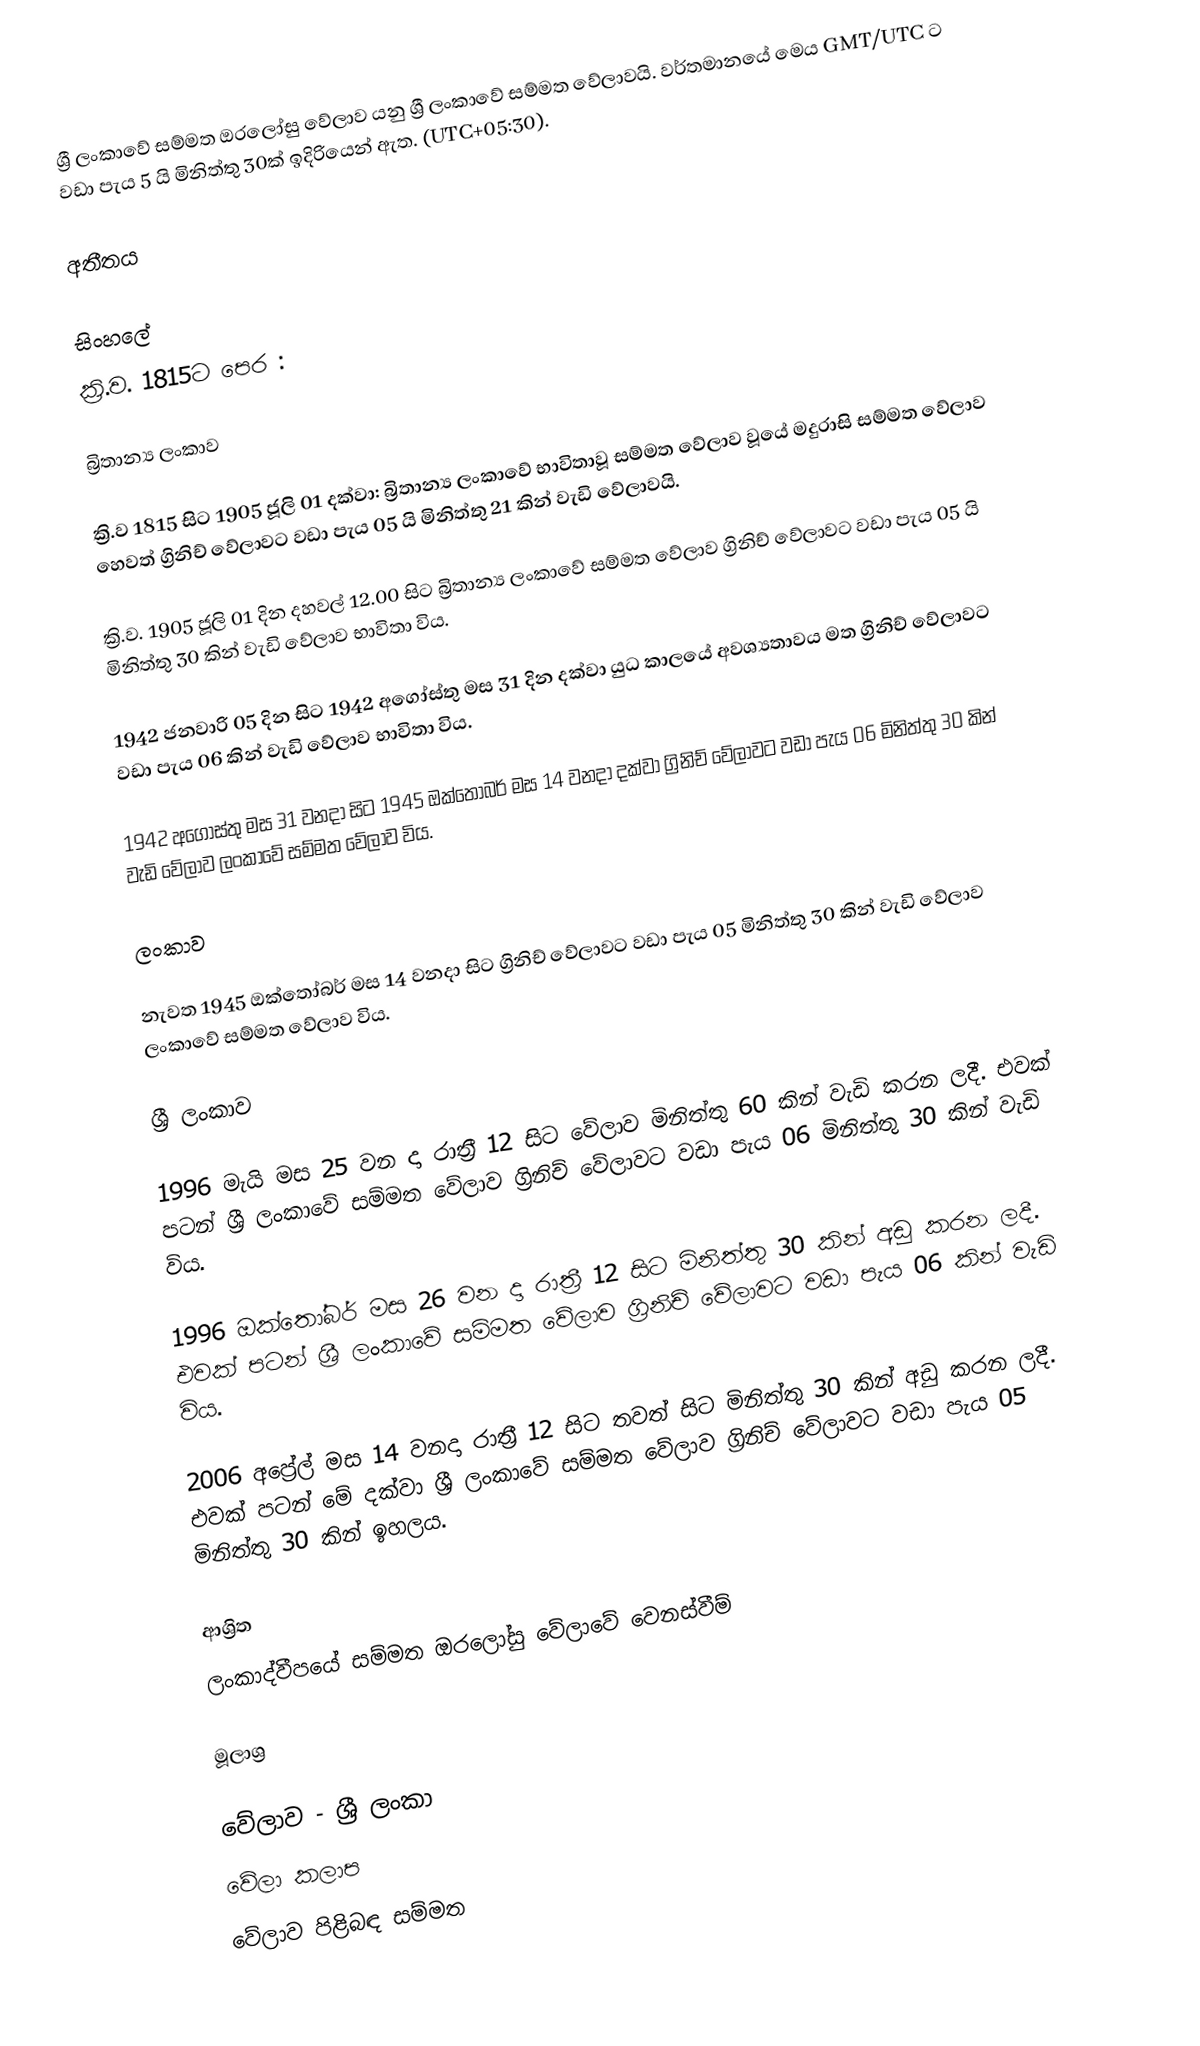
ශ්‍රී ලංකාවේ සම්මත ඔරලෝසු වේලාව යනු  ශ්‍රී ලංකාවේ සම්මත වේලාවයි. වර්තමානයේ මෙය GMT/UTC ට වඩා පැය 5 යි මිනිත්තු 30ක් ඉදිරියෙන් ඇත. (UTC+05:30).

අතීතය

සිංහලේ
 ක්‍රි.ව. 1815ට පෙර :

බ්‍රිතාන්‍ය ලංකාව

 ක්‍රි.ව 1815 සිට 1905 ජූලි 01 දක්වා: බ්‍රිතාන්‍ය ලංකාවේ භාවිතාවූ සම්මත වේලාව වූයේ මදුරාසි සම්මත වේලාව හෙවත් ග්‍රිනිච් වේලාවට වඩා පැය 05 යි මිනිත්තු 21 කින් වැඩි වේලාවයි.

 ක්‍රි.ව. 1905 ජූලි 01 දින දහවල් 12.00 සිට බ්‍රිතාන්‍ය ලංකාවේ සම්මත වේලාව ග්‍රිනිච් වේලාවට වඩා පැය 05 යි මිනිත්තු 30 කින් වැඩි වේලාව භාවිතා විය.

 1942 ජනවාරි 05 දින සිට 1942 අගෝස්තු මස 31 දින දක්වා යුධ කාලයේ අවශ්‍යතාවය මත  ග්‍රිනිච් වේලාවට වඩා පැය 06 කින් වැඩි වේලාව භාවිතා විය.

 1942 අගෝස්තු මස 31 වනදා සිට 1945 ඔක්තෝබර් මස 14 වනදා දක්වා ග්‍රිනිච් වේලාවට වඩා පැය 06 මිනිත්තු 30 කින් වැඩි වේලාව ලංකාවේ සම්මත වේලාව විය.

ලංකාව

නැවත 1945 ඔක්තෝබර් මස 14 වනදා සිට  ග්‍රිනිච් වේලාවට වඩා පැය 05 මිනිත්තු 30 කින් වැඩි වේලාව ලංකාවේ සම්මත වේලාව විය.

ශ්‍රී ලංකාව

 1996 මැයි මස 25 වන දා රාත්‍රී 12 සිට වේලාව මිනිත්තු 60 කින් වැඩි කරන ලදී. එවක් පටන් ශ්‍රී ලංකාවේ සම්මත වේලාව ග්‍රිනිච් වේලාවට වඩා පැය 06 මිනිත්තු 30 කින් වැඩි විය.

 1996 ඔක්තෝබර්  මස 26 වන දා රාත්‍රී 12 සිට මිනිත්තු 30 කින් අඩු කරන ලදී. එවක් පටන් ශ්‍රී ලංකාවේ සම්මත වේලාව ග්‍රිනිච් වේලාවට වඩා පැය 06 කින් වැඩි විය.

 2006 අප්‍රේල් මස 14 වනදා රාත්‍රී 12 සිට තවත් සිට මිනිත්තු 30 කින් අඩු කරන ලදී.  එවක් පටන් මේ දක්වා ශ්‍රී ලංකාවේ සම්මත වේලාව ග්‍රිනිච් වේලාවට වඩා පැය 05 මිනිත්තු 30 කින් ඉහලය.

ආශ්‍රිත
 ලංකාද්වීපයේ සම්මත ඔරලෝසු වේලාවේ වෙනස්වීම්

මූලාශ්‍ර

වේලාව - ශ්‍රී ලංකා
වේලා කලාප
වේලාව පිළිබඳ සම්මත